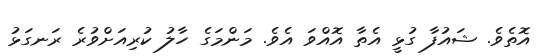
އޮތެވެ. ޝައުފާ ގުޅީ އެތާ އޮއްވަ އެވެ. މަންމަގެ ހާލު ކުރިއަށްވުރެ ރަނގަޅު